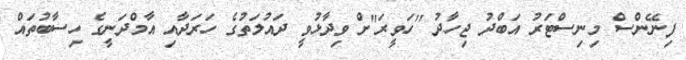
ފިނޭންސް މިނިސްޓަރު އަބްދު ޖިހާދު "ހަވީރަ"ށް ވިދާޅުވީ ދައުލަތުގެ ހަރަދާއި އާމްދަނީގެ ހިސާބުތައް